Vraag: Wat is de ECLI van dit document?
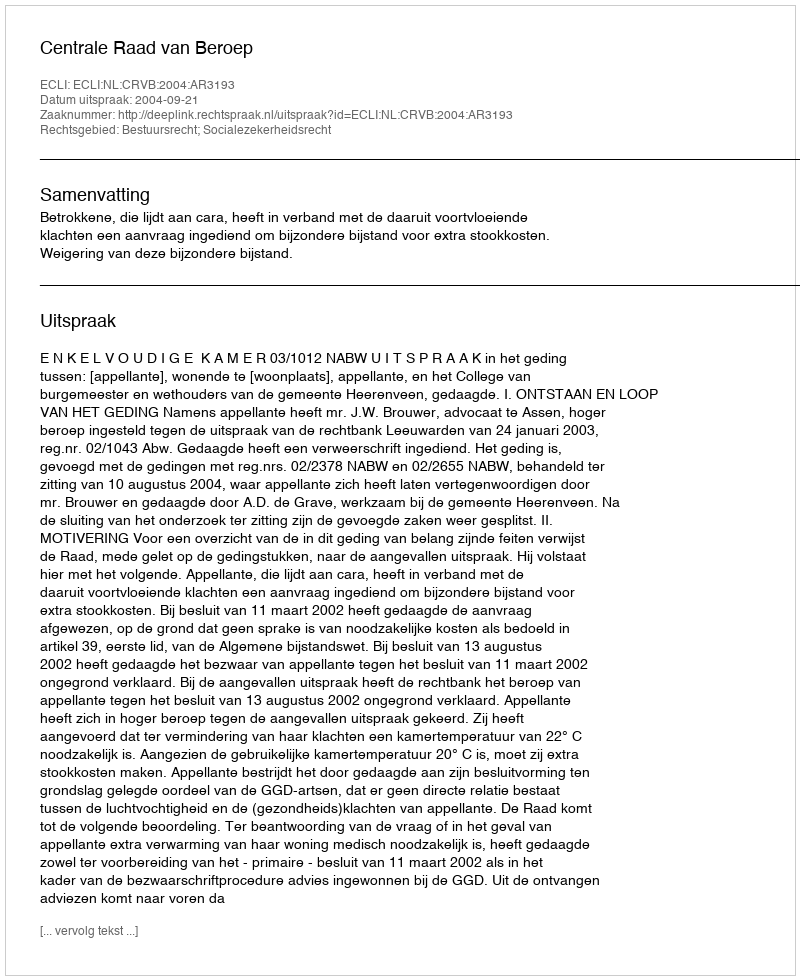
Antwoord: ECLI:NL:CRVB:2004:AR3193